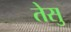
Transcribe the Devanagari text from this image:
तेसु